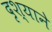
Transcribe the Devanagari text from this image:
दृश्याने